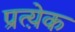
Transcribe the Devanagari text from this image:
प्रत्य़ेक